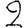
Digit: 2